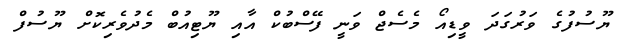
ޔޫސުފުގެ ވަރުގަދަ ވީޑިއޯ މެސެޖް ވަނީ ފޭސްބުކް އާއި ޔޫޓިއުބް މެދުވެރިކޮށް ޔޫސުފް